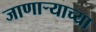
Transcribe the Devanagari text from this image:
जाणार्‍याच्या